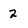
Character: 2